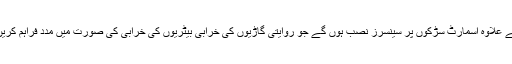
اس کے علاوہ اسمارٹ سڑکوں پر سینسرز نصب ہوں گے جو روایتی گاڑیوں کی خرابی بیٹریوں کی خرابی کی صورت میں مدد فراہم کریں گے۔